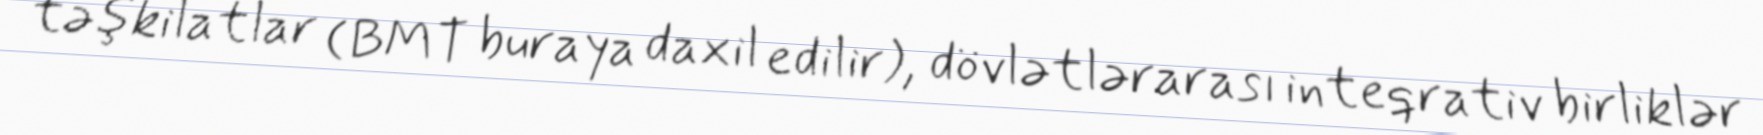
təşkilatlar (BMT buraya daxil edilir), dövlətlərarası inteqrativ birliklər